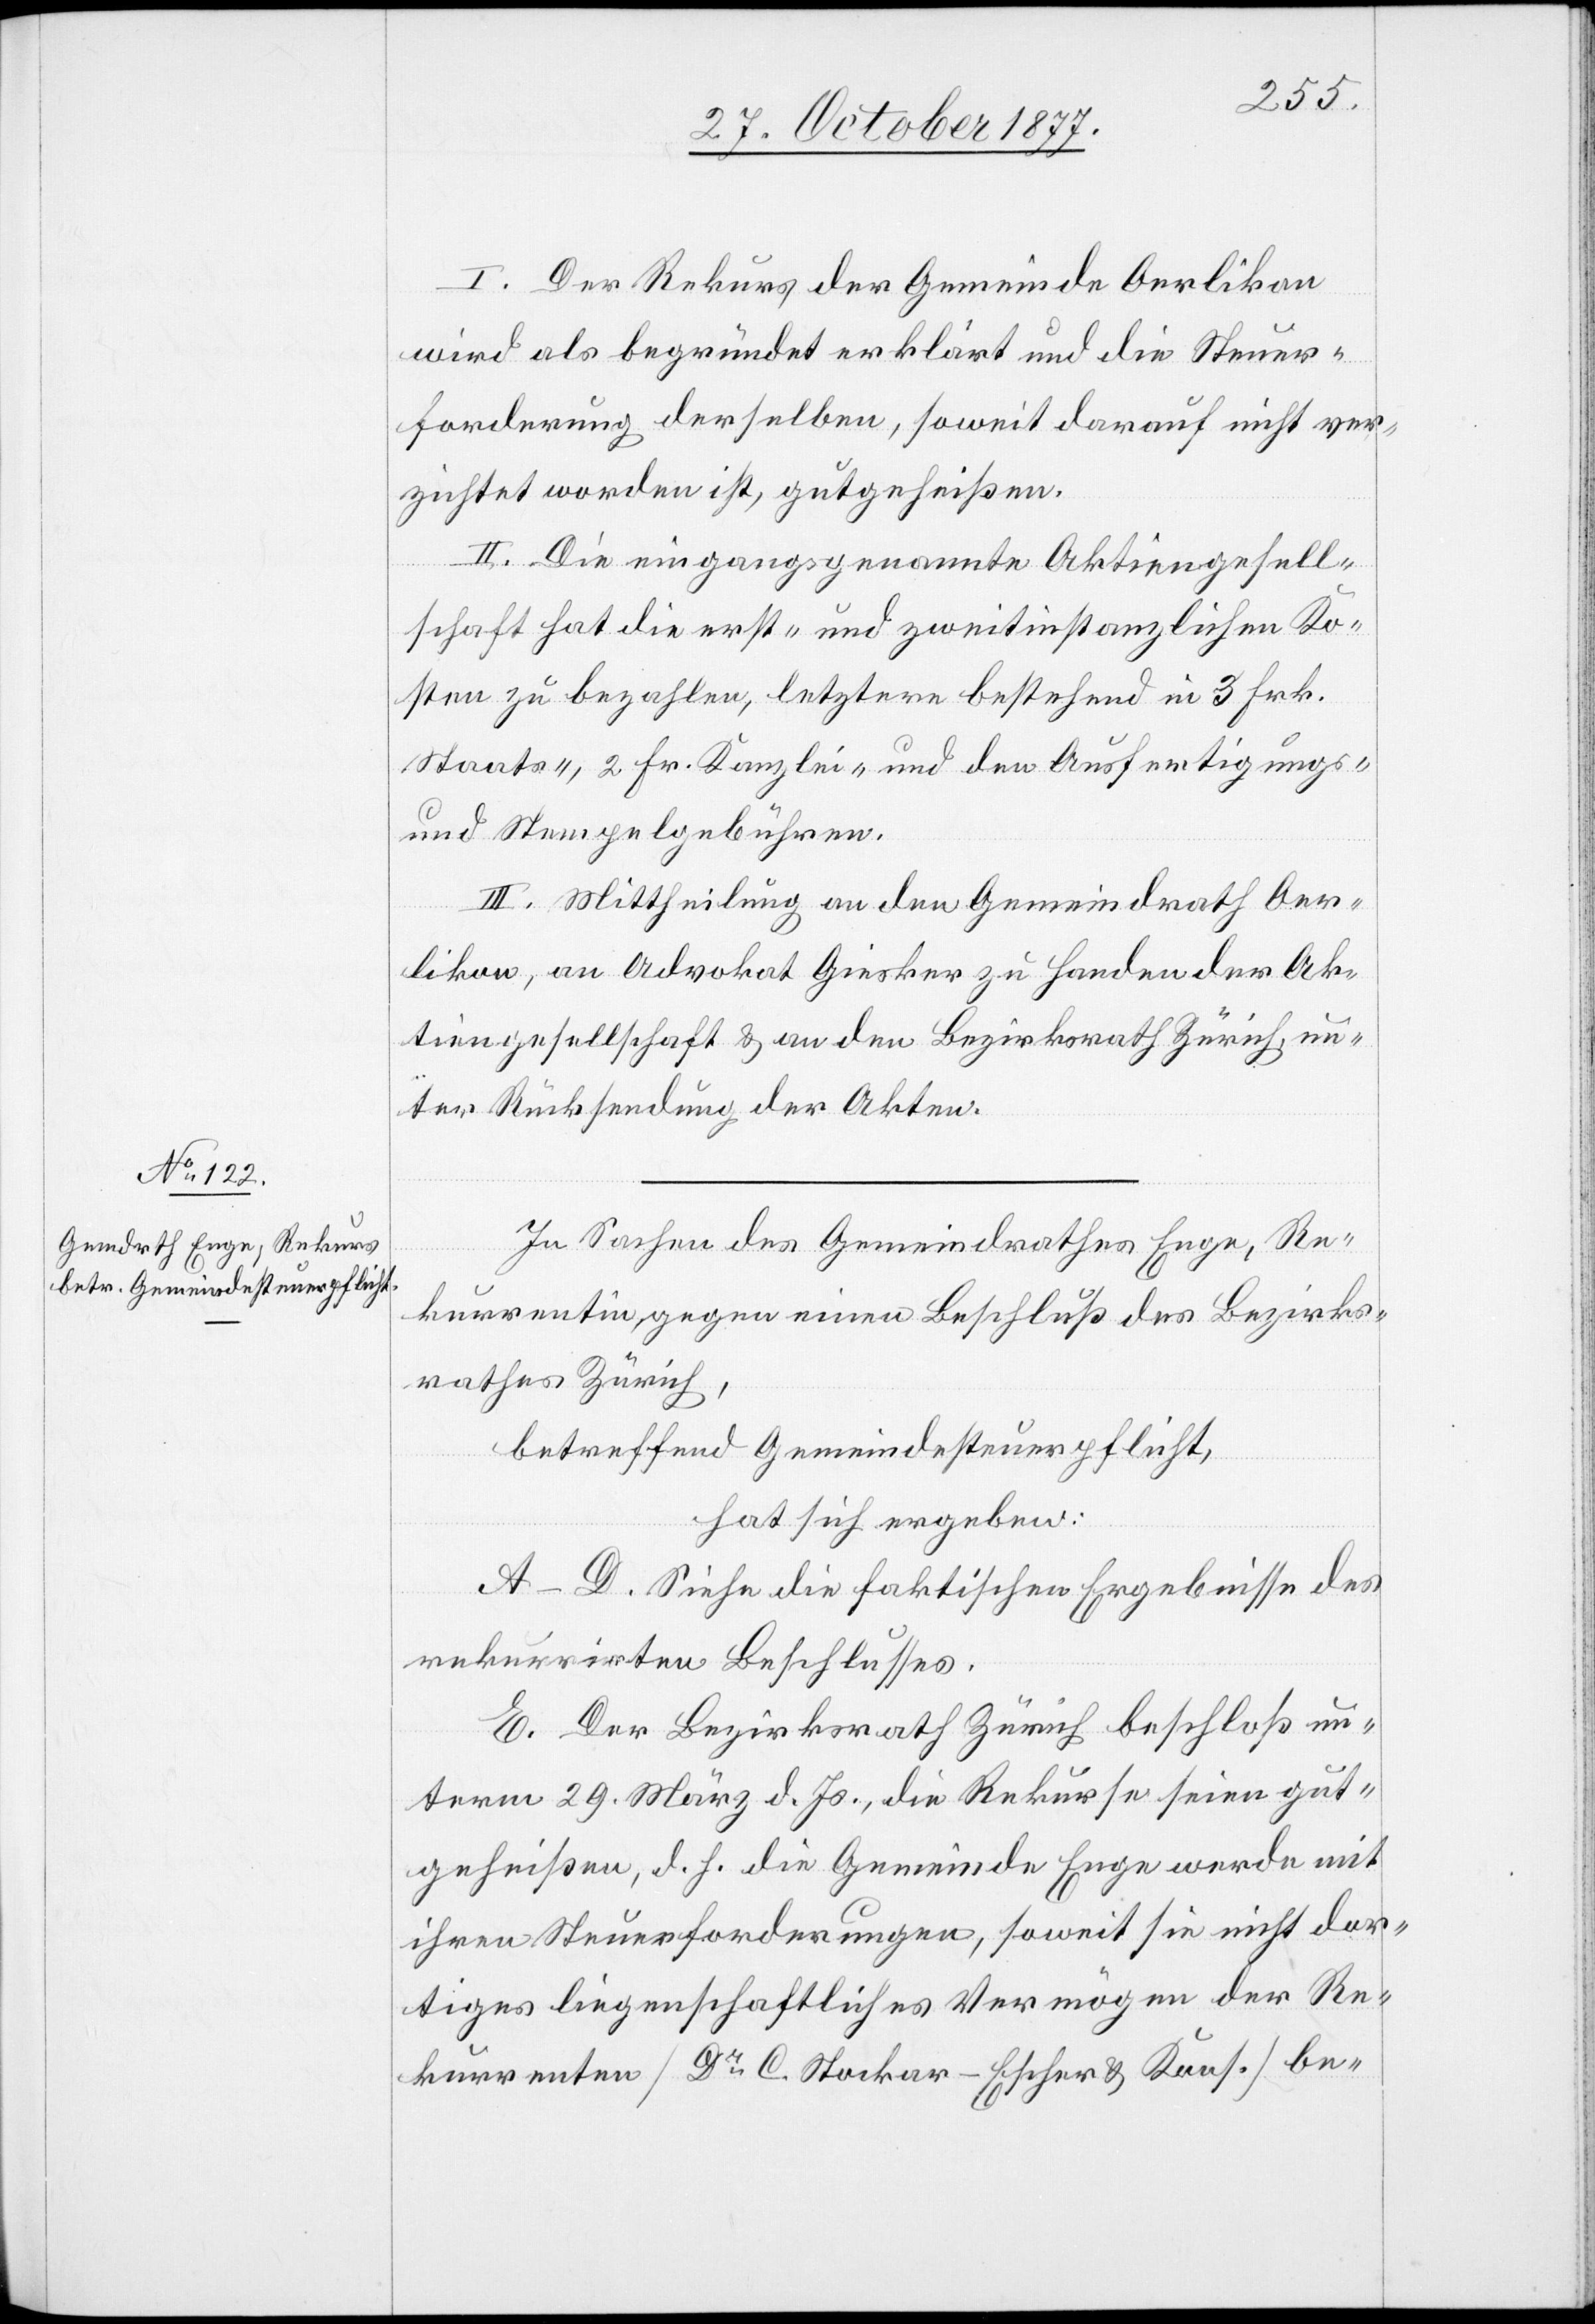
I. Der Rekurs der Gemeinde Oerlikon
wird als begründet erklärt und die Steuer¬
forderung derselben, soweit darauf nicht ver¬
zichtet worden ist, gutgeheißen.
II. Die eingangsgenannte Aktiengesell¬
schaft hat die erst- und zweitinstanzlichen Ko¬
sten zu bezahlen, letztere bestehend in 3 Frk.
Staats-, 2 Fr. Kanzlei- und den Ausfertigungs-
und Stempelgebühren.
III. Mittheilung an den Gemeindrath Oer¬
likon, an Advokat Giesker zu Handen der Ak¬
tiengesellschaft & an den Bezirksrath Zürich, un¬
ter Rücksendung der Akten.
In Sachen des Gemeindrathes Enge, Re¬
kurrentin, gegen einen Beschluß des Bezirks¬
rathes Zürich,
betreffend Gemeindesteuerpflicht,
hat sich ergeben:
A–D. Siehe die faktischen Ergebnisse des
rekurrirten Beschlusses.
E. Der Bezirksrath Zürich beschloß un¬
term 29. März d. Js., die Rekurse seien gut¬
geheißen, d. h. die Gemeinde Enge werde mit
ihren Steuerforderungen, soweit sie nicht dor¬
tiges liegenschaftliches Vermögen der Re¬
kurrenten [Dr C. Stockar-Escher & Kons.] be-